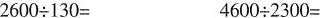
$$2 60 0 \div 1 3 0 =$$ $$4 6 0 0 \div 2 3 0 0 =$$